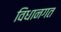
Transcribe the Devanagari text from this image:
विधानगत